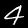
Digit: 4